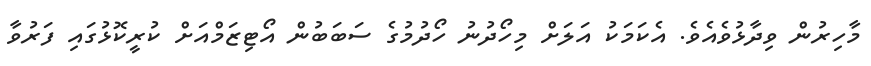
މާހިރުން ވިދާޅުވެއެވެ. އެކަމަކު އަލަށް މިހޯދުނު ހޯދުމުގެ ސަބަބުން އޯޓިޒަމްއަށް ކުރީކޮޅުގައި ފަރުވާ